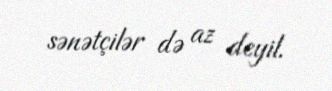
sənətçilər də az deyil.